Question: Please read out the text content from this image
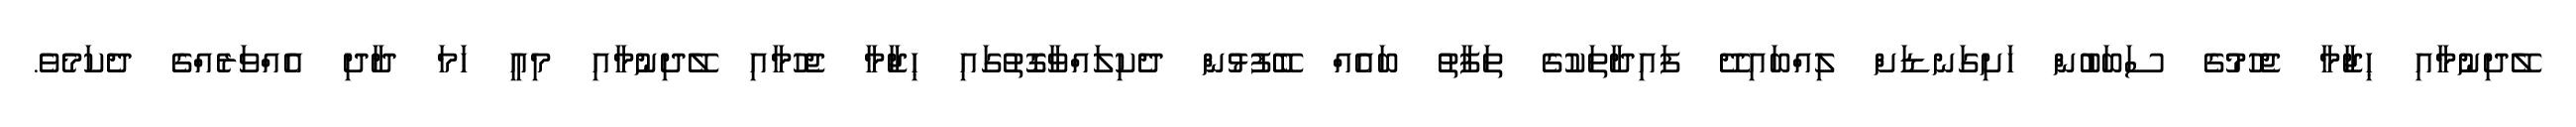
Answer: ލޭދިނުމާއި ޙިޖާމާ ޖެހުމުގެ ސަބަބުން ހަށިގަނޑަށް ލިއްބައިދޭ ފައިދާތަކުގެ ތަފާތު ބައެއް ބޭފުޅުން ދެކިލައްވާގޮތުގައި ޙިޖާމާ ޖެހުމާއި ލޭދިނުމާއި މިއީ ހަމަ ދާދި އެއްވަރެއްގެ ދެކަމެވެ.